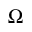
\boldsymbol { \Omega }